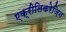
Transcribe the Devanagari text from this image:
एक्रीलिकरेज़िन